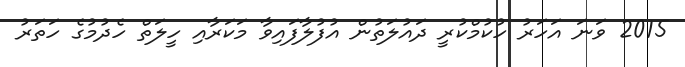
2015 ވަނަ އަހަރު ހުކުމްކުރީ ދައުލަތުން އުފުލާފައިވާ މަކަރާއި ހީލަތް ހެދުމުގެ ހަތަރު